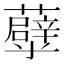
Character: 𧄀